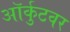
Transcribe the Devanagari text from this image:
ऑर्कुटवर